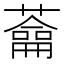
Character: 𦿈